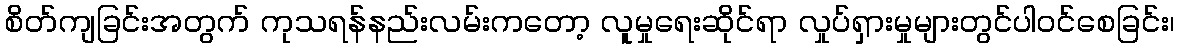
စိတ်ကျခြင်းအတွက် ကုသရန်နည်းလမ်းကတော့ လူမှုရေးဆိုင်ရာ လှုပ်ရှားမှုများတွင်ပါဝင်စေခြင်း၊